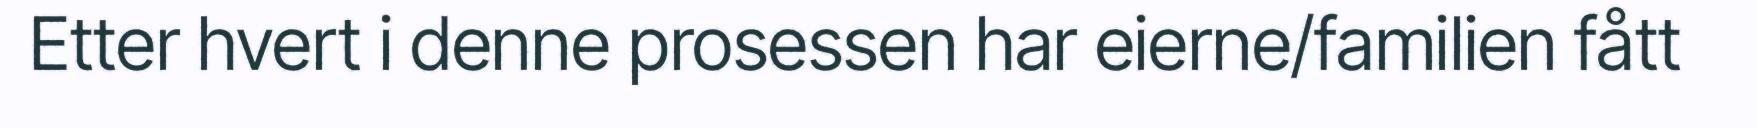
Etter hvert i denne prosessen har eierne/familien fått